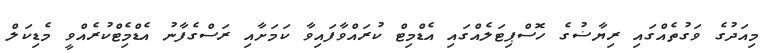
މިއަދުގެ ވަގުތެއްގައި ރިޔާޟުގެ ހޮސްޕިޓަލެއްގައި އެޑްމިޓް ކުރައްވާފައިވާ ކަމަށާއި ރަސްގެފާނު އެޑްމިެޓްކުރެއްވީ މެޑިކަލް